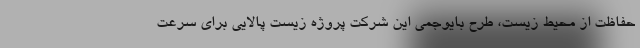
حفاظت از محیط زیست، طرح بایوجمی این شرکت پروژه زیست پالایی برای سرعت